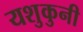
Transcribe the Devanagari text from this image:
यशुकुनी